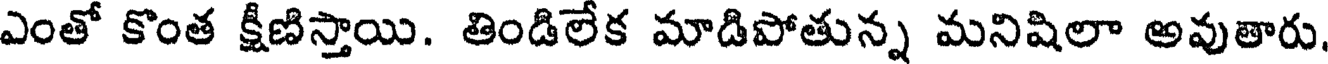
ఎంతో కొంత క్షీణిస్తాయి. తిండిలేక మాడిపోతున్న మనిషిలా అవుతారు